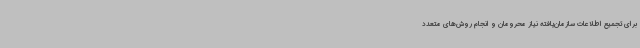
برای تجمیع اطلاعات سازمان‌یافته نیاز محرومان و انجام روش‌های متعدد